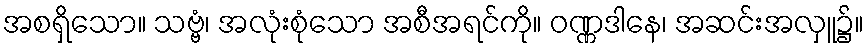
အစရှိသော။ သဗ္ဗံ၊ အလုံးစုံသော အစီအရင်ကို။ ဝဏ္ဏဒါနေ၊ အဆင်းအလှူ၌။